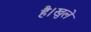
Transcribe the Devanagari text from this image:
है।खुले